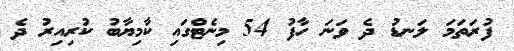
ފުރަތަމަ ލަނޑު ދެ ވަނަ ހާފު 54 މިނެޓްގައި ކާމިޔާބު ކުރިއިރު ދެ